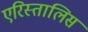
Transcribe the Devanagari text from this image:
एरिस्तालिस